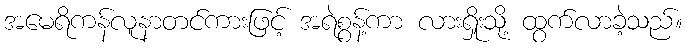
အမေရိကန်လူနာတင်ကားဖြင့် အရဲစွန့်ကာ လားရှိုးသို့ ထွက်လာခဲ့သည်။